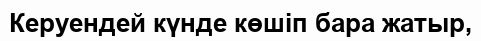
Керуендей күнде көшіп бара жатыр,